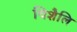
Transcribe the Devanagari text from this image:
विशैलि